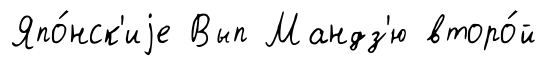
Япо́нск'иjе Вып Мандз'ю второ́й